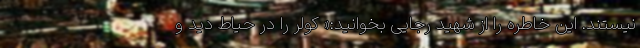
نیستند. این خاطره را از شهید رجایی بخوانید:« کولر را در حیاط دید و